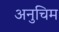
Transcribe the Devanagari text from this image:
अनुचिम